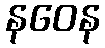
နဝေန